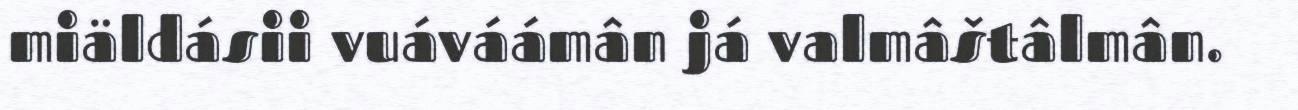
miäldásii vuáváámân já valmâštâlmân.